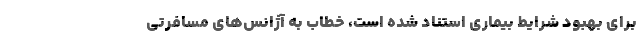
برای بهبود شرایط بیماری استناد شده است، خطاب به آژانس‌های مسافرتی